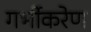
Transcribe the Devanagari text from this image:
गर्भीकरेण